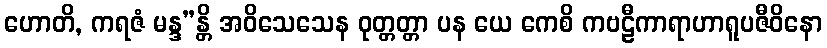
ဟောတိ, ကရဇံ မန္ဒ”န္တိ အဝိသေသေန ဝုတ္တတ္တာ ပန ယေ ကေစိ ကဗဠီကာရာဟာရူပဇီဝိနော